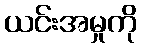
ယင်းအမှုကို